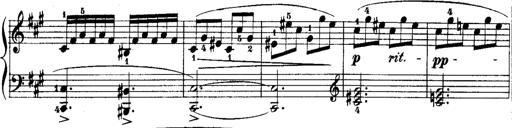
Title: Rondos and Sonatinas for Pianoforte
Composer: Daniel Steibelt